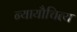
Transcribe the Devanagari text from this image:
न्यायौचित्य